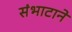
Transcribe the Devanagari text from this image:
संभाटाने